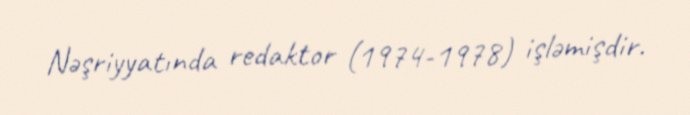
Nəşriyyatında redaktor (1974-1978) işləmişdir.